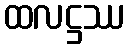
ထလဋ္ဌဿ